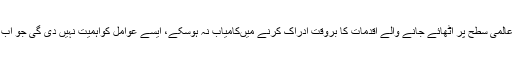
حیرت انگیز ہے کہ ہمارے زمہ دارنہ عالمی سطح پر اٹھائے جانے والے اقدمات کا بروقت ادراک کرنے میںکامیاب نہ ہوسکے، ایسے عوامل کواہمیت نہیں دی گی جو اب پاکستان کے لیے مشکلات پیدا کررہے۔